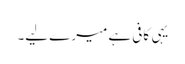
یہی کافی ہے میرے لیے۔